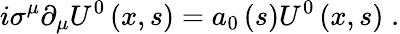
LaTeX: i\sigma^{\mu}\partial_{\mu}U^{0}\left(x,s\right)=a_{0}\left(s\right)U^{0}\left(x,s\right)\; .